Civil Veterinary Dept. Bombay admin report 1907-1913 - 1907-1913
Year: 1907
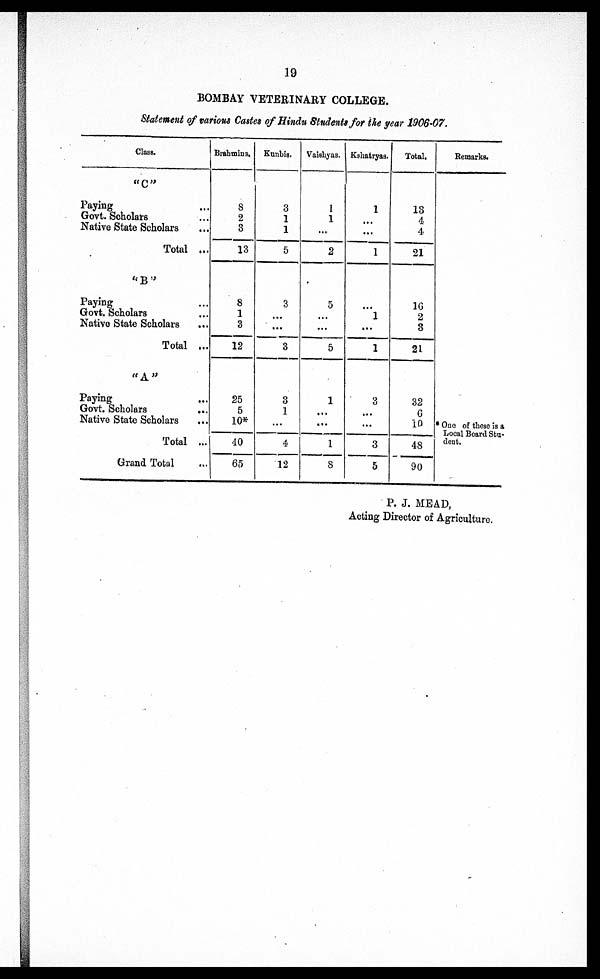
19
BOMBAY VETERINARY COLLEGE.
Statement of various Castes of Hindu Students for the year 1906-07.
Class.
"C"
Paying ...
Govt. Scholars ...
Native State Scholars ...
Total ...
"B''
Paying ...
Govt. Scholars ...
Native State Scholars ...
Total ...
"A"
Paying ...
Govt. Scholars
...
Native State Scholars ...
Total ...
Grand Total ...
Brahmins.
8
2
3
13
8
1
3
12
25
5
10*
40
65
Kunbis.
3
1
1
5
3
...
...
3
3
1
...
4
12
Vaishyas,
1
1
...
2
5
...
...
5
1
...
...
1
8
Kshatryas.
1
...
...
1
...
1
...
1
3
...
...
3
5
Total.
13
4
4
21
16
2
3
21
32
6
10
48
90
Remarks.
* One of these is a
Local Board Stu-
dent.
P. J. MEAD,
Acting Director of Agriculture.